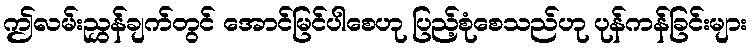
ဤလမ်းညွှန်ချက်တွင် အောင်မြင်ပါစေဟု ပြည့်စုံစေသည်ဟု ပုန်ကန်ခြင်းများ